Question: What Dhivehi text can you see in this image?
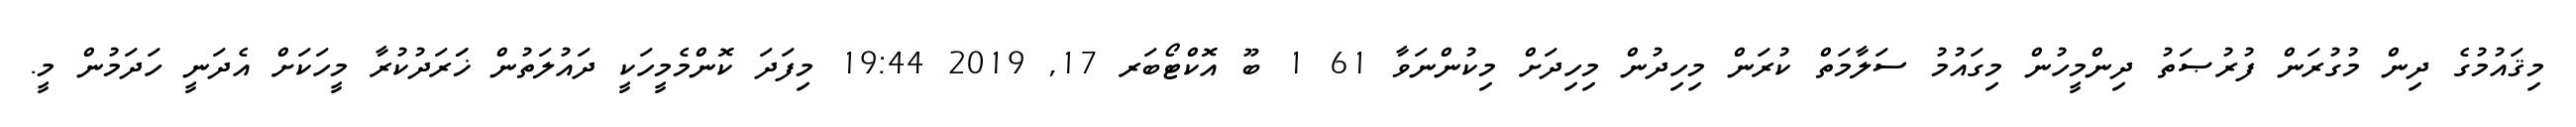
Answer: މިޤައުމުގެ ދިން މުގުރަން ފުރުޞަތު ދިންމީހުން މިގައުމު ސަލާމަތް ކުރަން މިހިދުން މިހިދަށް މިކުންނަވާ 61 1 ބޫ އޮކްޓޯބަރ 17, 2019 19:44 މިފަދަ ކޮންމެމީހަކީ ދައުލަތުން ޚަަރަދުކުރާ މީހަކަށް އެދަނީ ހަދަމުން މީ.